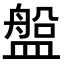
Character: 𥂟